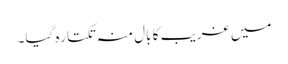
میں غریب کا بال منہ تکتا رہ گیا۔